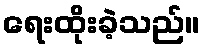
ရေးထိုးခဲ့သည်။